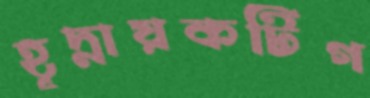
হূদ্নায়কটিগ